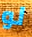
لو